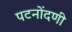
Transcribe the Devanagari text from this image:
पटनोंदणी